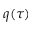
q ( \tau )